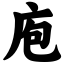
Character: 庖